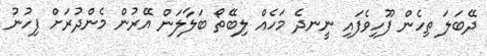
ދޭބަލަ ތިހެން ފޫހިވެފައި ނީނދެ މަހެއް ލިބޭތޯ ބަލާލަން އޭރުން މެންދުރަށް ފިހުނު